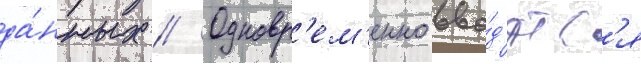
да́нных // Одновр'ем'енно вво́д'ятс'я